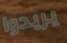
يريدوا